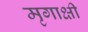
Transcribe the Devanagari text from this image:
मृगाक्षी